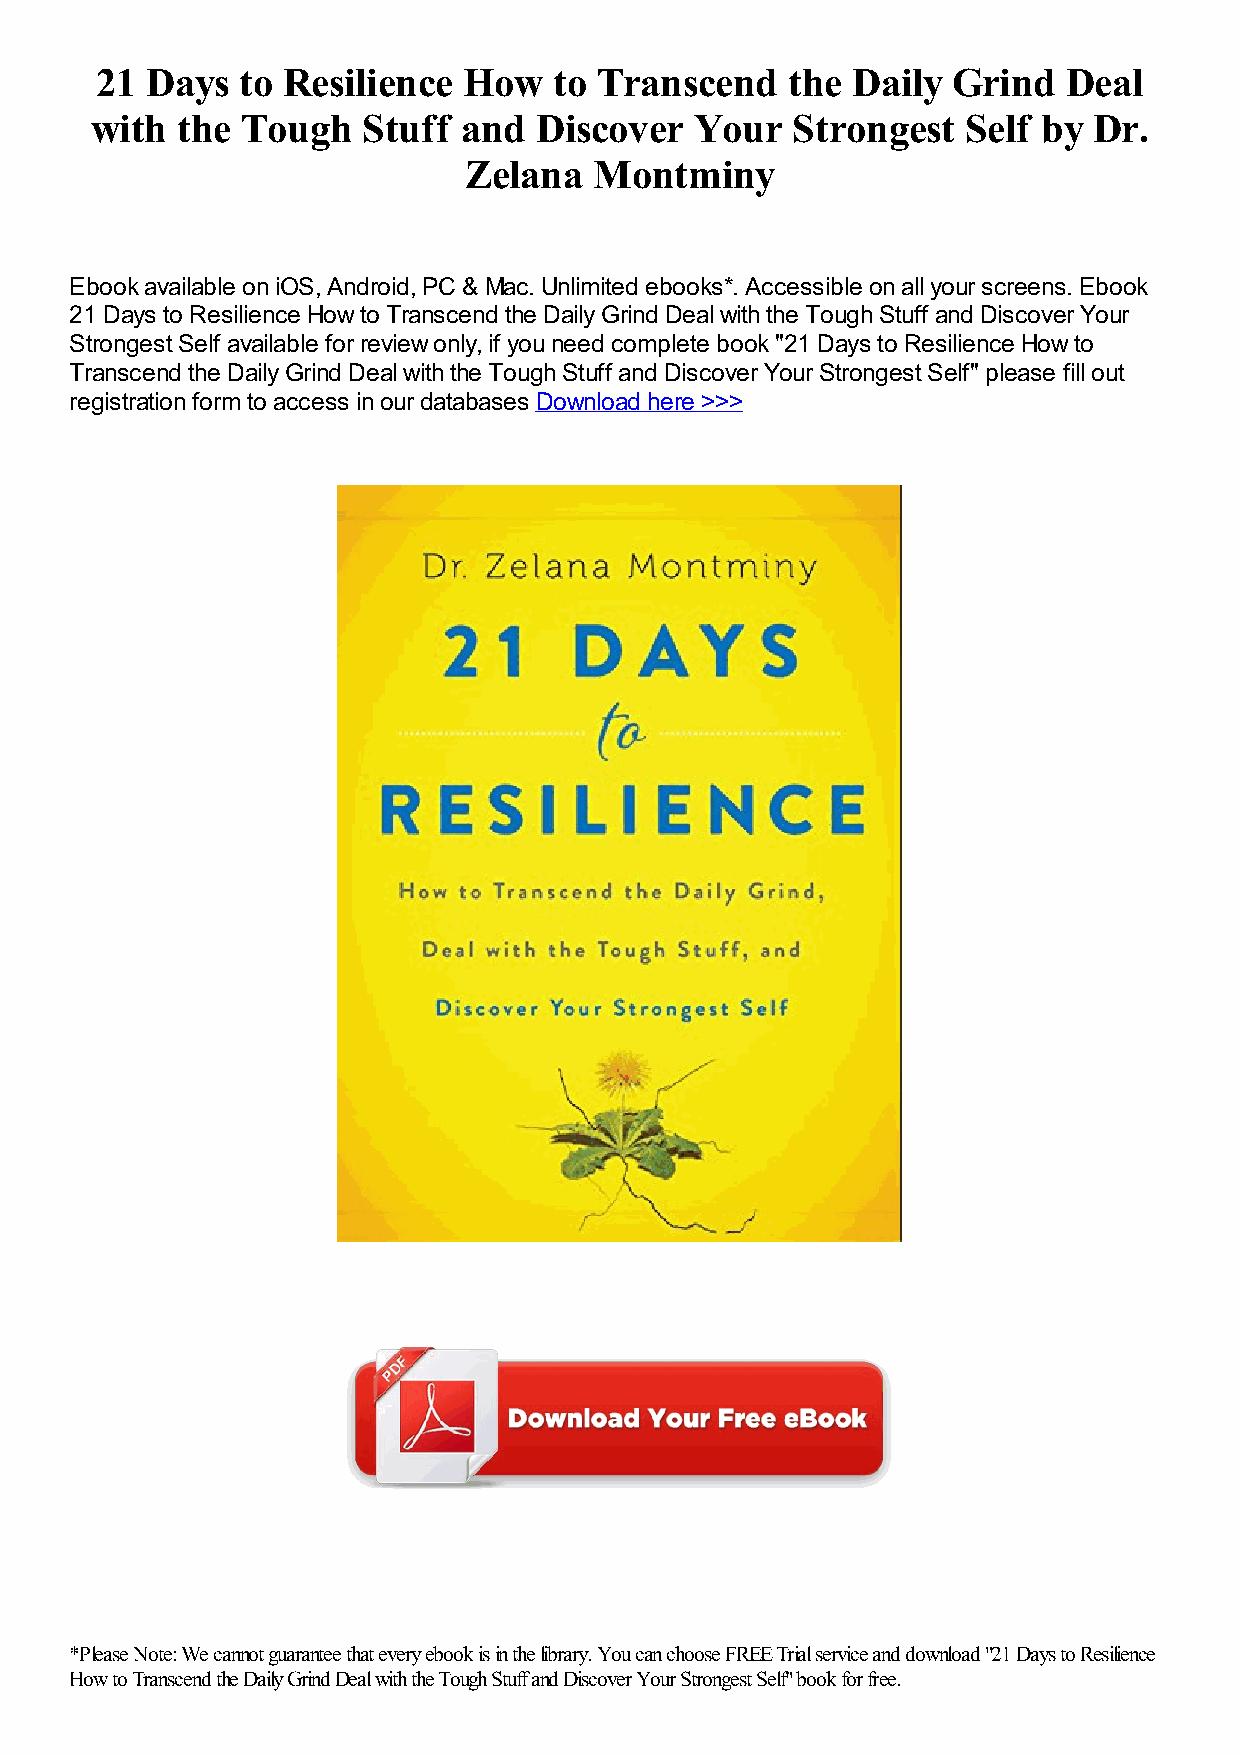
21  Days  to Resilience  How   to Transcend   the Daily  Grind   Deal
 with  the Tough   Stuff  and Discover   Your  Strongest   Self by Dr.
 Zelana  Montminy
 Ebook available on iOS, Android, PC & Mac. Unlimited ebooks*. Accessible on all your screens. Ebook
 21 Days to Resilience How to Transcend the Daily Grind Deal with the Tough Stuff and Discover Your
 Strongest Self available for review only, if you need complete book "21 Days to Resilience How to
 Transcend the Daily Grind Deal with the Tough Stuff and Discover Your Strongest Self" please fill out
 registration form to access in our databases Download here >>>
 *Please Note: We cannot guarantee that every ebook is in the library. You can choose FREE Trial service and download "21 Days to Resilience
 How to Transcend the Daily Grind Deal with the Tough Stuff and Discover Your Strongest Self" book for free.